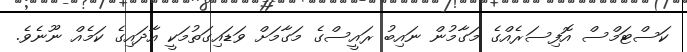
ކަސްޓަމްސް އޮފިސަރެއްގެ މަގާމުން ނައިބު ރައީސްގެ މަގާމަށް ވަޑައިގަތުމަކީ އާދައިގެ ކަމެއް ނޫނެވެ.